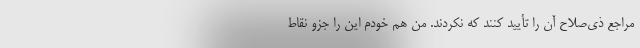
مراجع ذی‌صلاح آن را تأیید کنند که نکردند. من هم خودم این را جزو نقاط